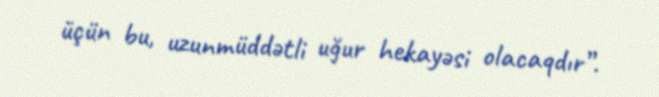
üçün bu, uzunmüddətli uğur hekayəsi olacaqdır”.